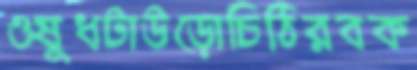
ওষুধটাউড়োচিঠিরবক